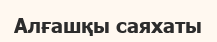
Алғашқы саяхаты